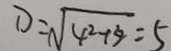
D = \sqrt { 4 ^ { 2 } + 3 ^ { 2 } } = 5